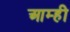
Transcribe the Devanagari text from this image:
आम्‍ही